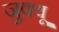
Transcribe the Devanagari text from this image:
जुक्यू